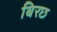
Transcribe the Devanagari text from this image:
बिरछ